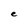
Character: e